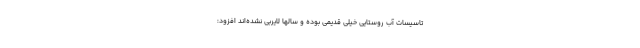
تاسیسات آب روستایی خیلی قدیمی بوده و سالها لایربی نشده‌اند افزود: